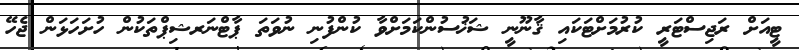
ޓީއަށް ރަޖިސްޓަރީ ކުރުމަށްޓަކައި ޤާނޫނީ ޝަޚުސުންކަމަށްވާ ކުންފުނި ނުވަތަ ޕާޓްނަރޝިޕްތަކުން ހުށަހަޅަން ޖެހޭ